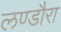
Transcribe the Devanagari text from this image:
लण्डौरा